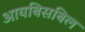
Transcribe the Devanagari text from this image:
आयबिसबिल